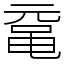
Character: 鼋